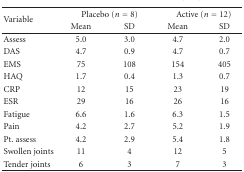
| <ROWSPAN=2> Variable | <COLSPAN=2> Placebo (n = 8) | <COLSPAN=2> Active (n = 12) |
 | Mean | SD | Mean | SD |
 | --- | --- | --- | --- | --- |
 | Assess | 5.0 | 3.0 | 4.7 | 2.0 |
 | DAS | 4.7 | 0.9 | 4.7 | 0.7 |
 | EMS | 75 | 108 | 154 | 405 |
 | HAQ | 1.7 | 0.4 | 1.3 | 0.7 |
 | CRP | 12 | 15 | 23 | 19 |
 | ESR | 29 | 16 | 26 | 16 |
 | Fatigue | 6.6 | 1.6 | 6.3 | 1.5 |
 | Pain | 4.2 | 2.7 | 5.2 | 1.9 |
 | Pt. assess | 4.2 | 2.9 | 5.4 | 1.8 |
 | Swollen joints | 11 | 4 | 12 | 5 |
 | Tender joints | 6 | 3 | 7 | 3 |